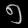
Digit: ၅